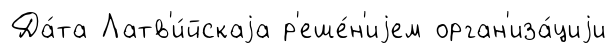
Да́та Латв'и́йскаjа р'еше́н'иjем орган'иза́циjи